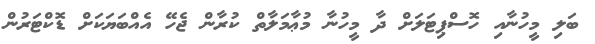
ބަލި މީހުނާއި ހޮސްޕިޓަލަށް ދާ މީހުނާ މުޢާމަލާތް ކުރާން ޖެހޭ އެއްބަޔަކަށް ޑޮކްޓަރުން